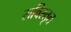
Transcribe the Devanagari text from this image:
सविस्तृत